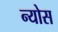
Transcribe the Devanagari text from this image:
न्योस